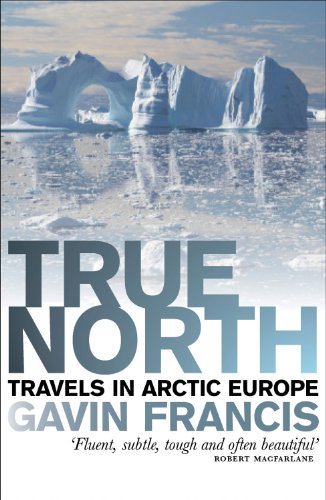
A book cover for True North: Travels in Arctic Europe; Gavin Francis; Travel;